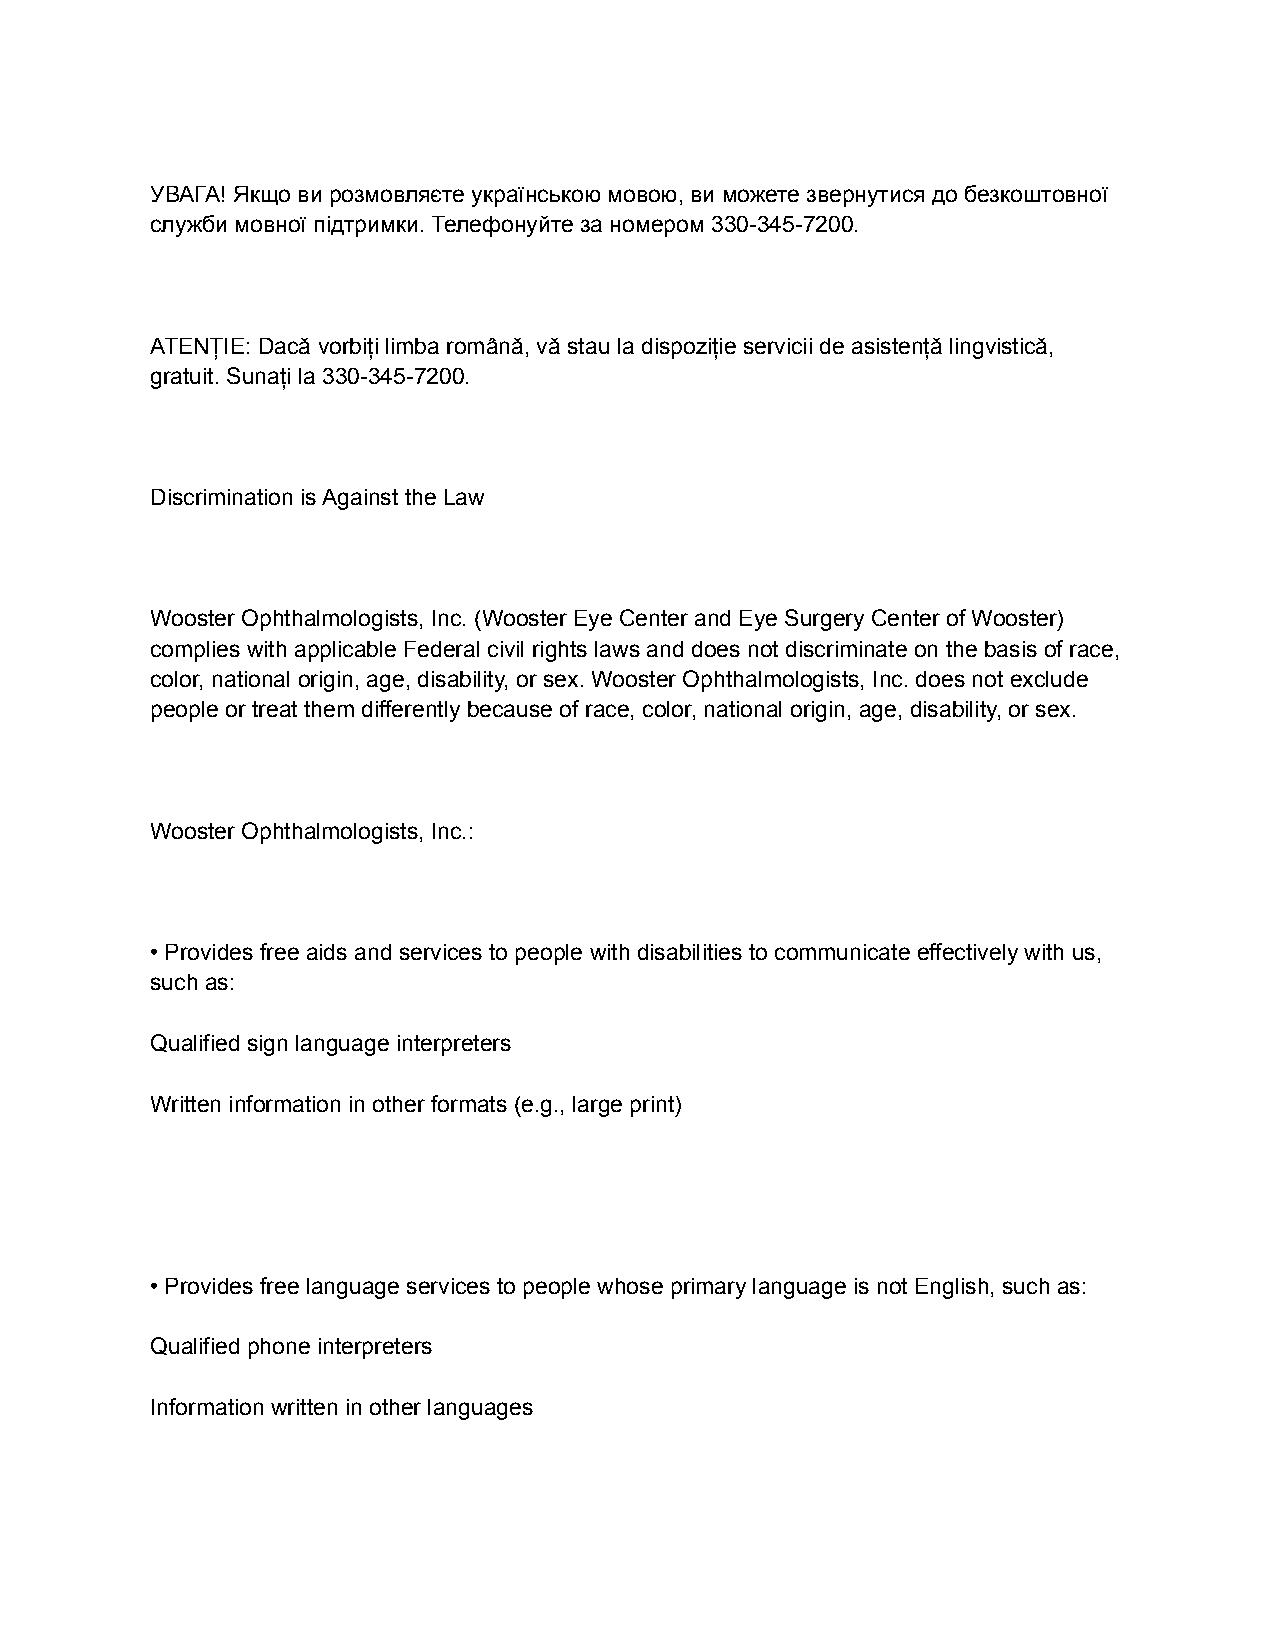
УВАГА! Якщо ви розмовляєте українською мовою, ви можете звернутися до безкоштовної
 служби мовної підтримки. Телефонуйте за номером 330-345-7200.
 ATENȚIE: Dacă vorbiți limba română, vă stau la dispoziție servicii de asistență lingvistică,
 gratuit. Sunați la 330-345-7200.
 Discrimination is Against the Law
 Wooster Ophthalmologists, Inc. (Wooster Eye Center and Eye Surgery Center of Wooster)
 complies with applicable Federal civil rights laws and does not discriminate on the basis of race,
 color, national origin, age, disability, or sex. Wooster Ophthalmologists, Inc. does not exclude
 people or treat them differently because of race, color, national origin, age, disability, or sex.
 Wooster Ophthalmologists, Inc.:
 • Provides free aids and services to people with disabilities to communicate effectively with us,
 such as:
 Qualified sign language interpreters
 Written information in other formats (e.g., large print)
 • Provides free language services to people whose primary language is not English, such as:
 Qualified phone interpreters
 Information written in other languages